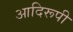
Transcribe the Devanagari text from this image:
आदिरूपी